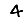
Digit: 4